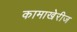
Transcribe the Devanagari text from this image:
कामाखेरीज